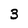
Character: 3